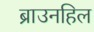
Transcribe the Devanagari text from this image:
ब्राउनहिल